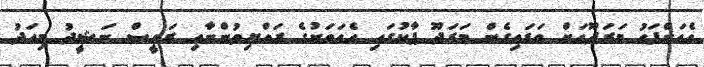
އެއަށްފަހު މަރަދޫއަށް ވަޑައިގެން މަރަދޫ ޕާކުގައި އެއަވަށުގެ ރައްޔިތުންނާއި ރައީސް ނަޝީދު މިއަދު